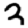
Digit: 3